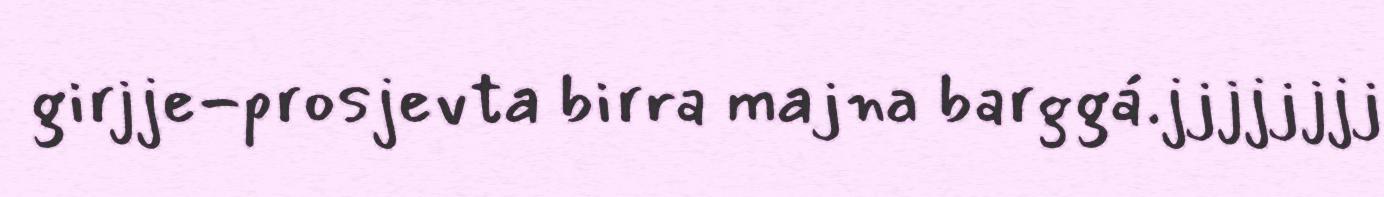
girjje-prosjevta birra majna barggá.jjjjjjjj